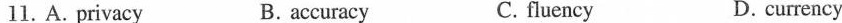
11.A. privacy B. accuracy C. fluency D. currency